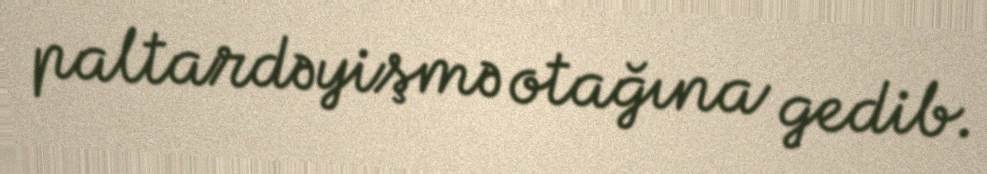
paltardəyişmə otağına gedib.